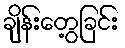
ချိန်းတွေ့ခြင်း